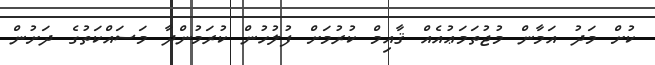
ކުށް މަދު އަމާން މުޖުތަމަޢުއެއް ޤާއިމް ކުރުމަށް ފުލުހުން ކުރަމުންދާ މަސައްކަތުގެ ދަށުން